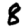
Digit: 8